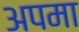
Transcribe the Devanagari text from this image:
अपमा